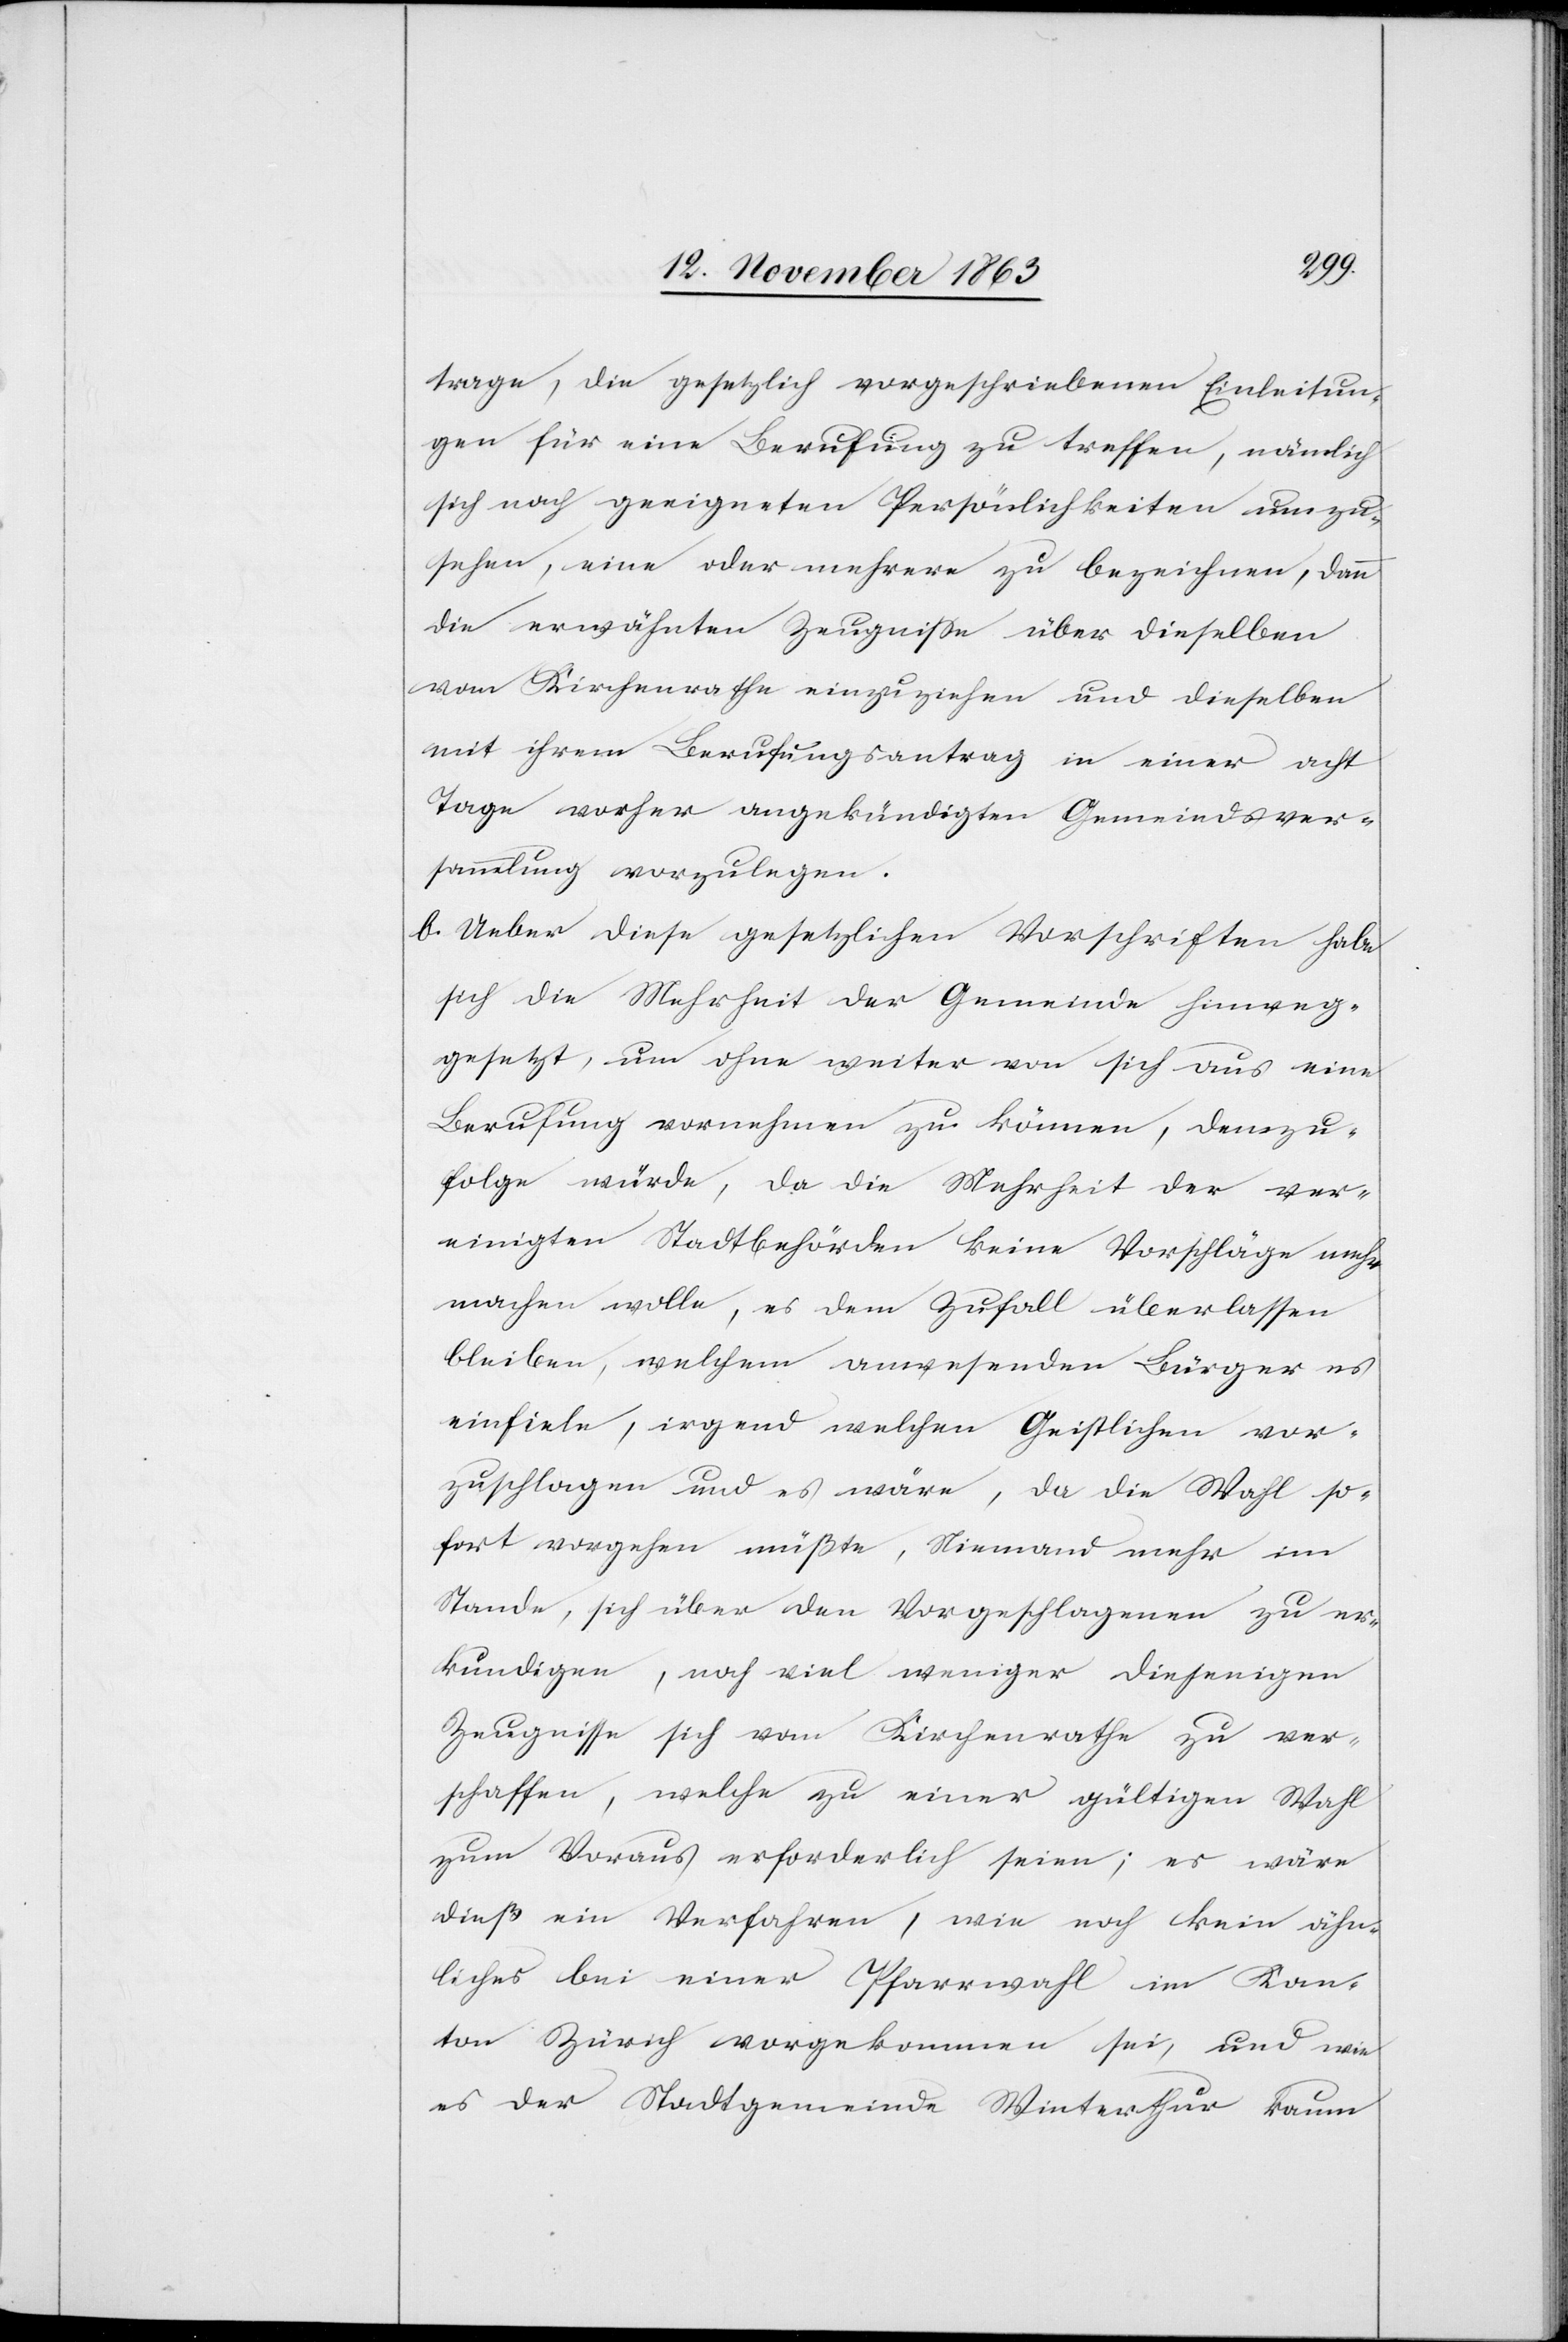
trage, die gesetzlich vorgeschriebenen Einleitun¬
gen für eine Berufung zu treffen, nämlich
sich nach geeigneten Persönlichkeiten umzu¬
sehen, eine oder mehrere zu bezeichnen, dann
die erwähnten Zeugnisse über dieselben
vom Kirchenrathe einzuziehen und dieselben
mit ihrem Berufungsantrag in einer acht
Tage vorher angekündigten Gemeindsver¬
sammlung vorzulegen.
b. Ueber diese gesetzlichen Vorschriften habe
sich die Mehrheit der Gemeinde hinweg¬
gesetzt, um ohne weiter von sich aus eine
Berufung vornehmen zu können, demzu¬
folge würde, da die Mehrheit der ver¬
einigten Stadtbehörden keine Vorschläge mehr
machen wolle, es dem Zufall überlassen
bleiben, welchem anwesenden Bürger es
einfiele, irgend welchen Geistlichen vor¬
zuschlagen und es wäre, da die Wahl so¬
fort vorgehen müßte, Niemand mehr im
Stande, sich über den Vorgeschlagenen zu er¬
kundigen, noch viel weniger diejenigen
Zeugnisse sich vom Kirchenrathe zu ver¬
schaffen, welche zu einer gültigen Wahl
zum Voraus erforderlich seien; es wäre
dieß ein Verfahren, wie noch kein ähn¬
liches bei einer Pfarrwahl im Kan¬
ton Zürich vorgekommen sei, und wie
es der Stadtgemeinde Winterthur kaum